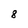
Character: 8